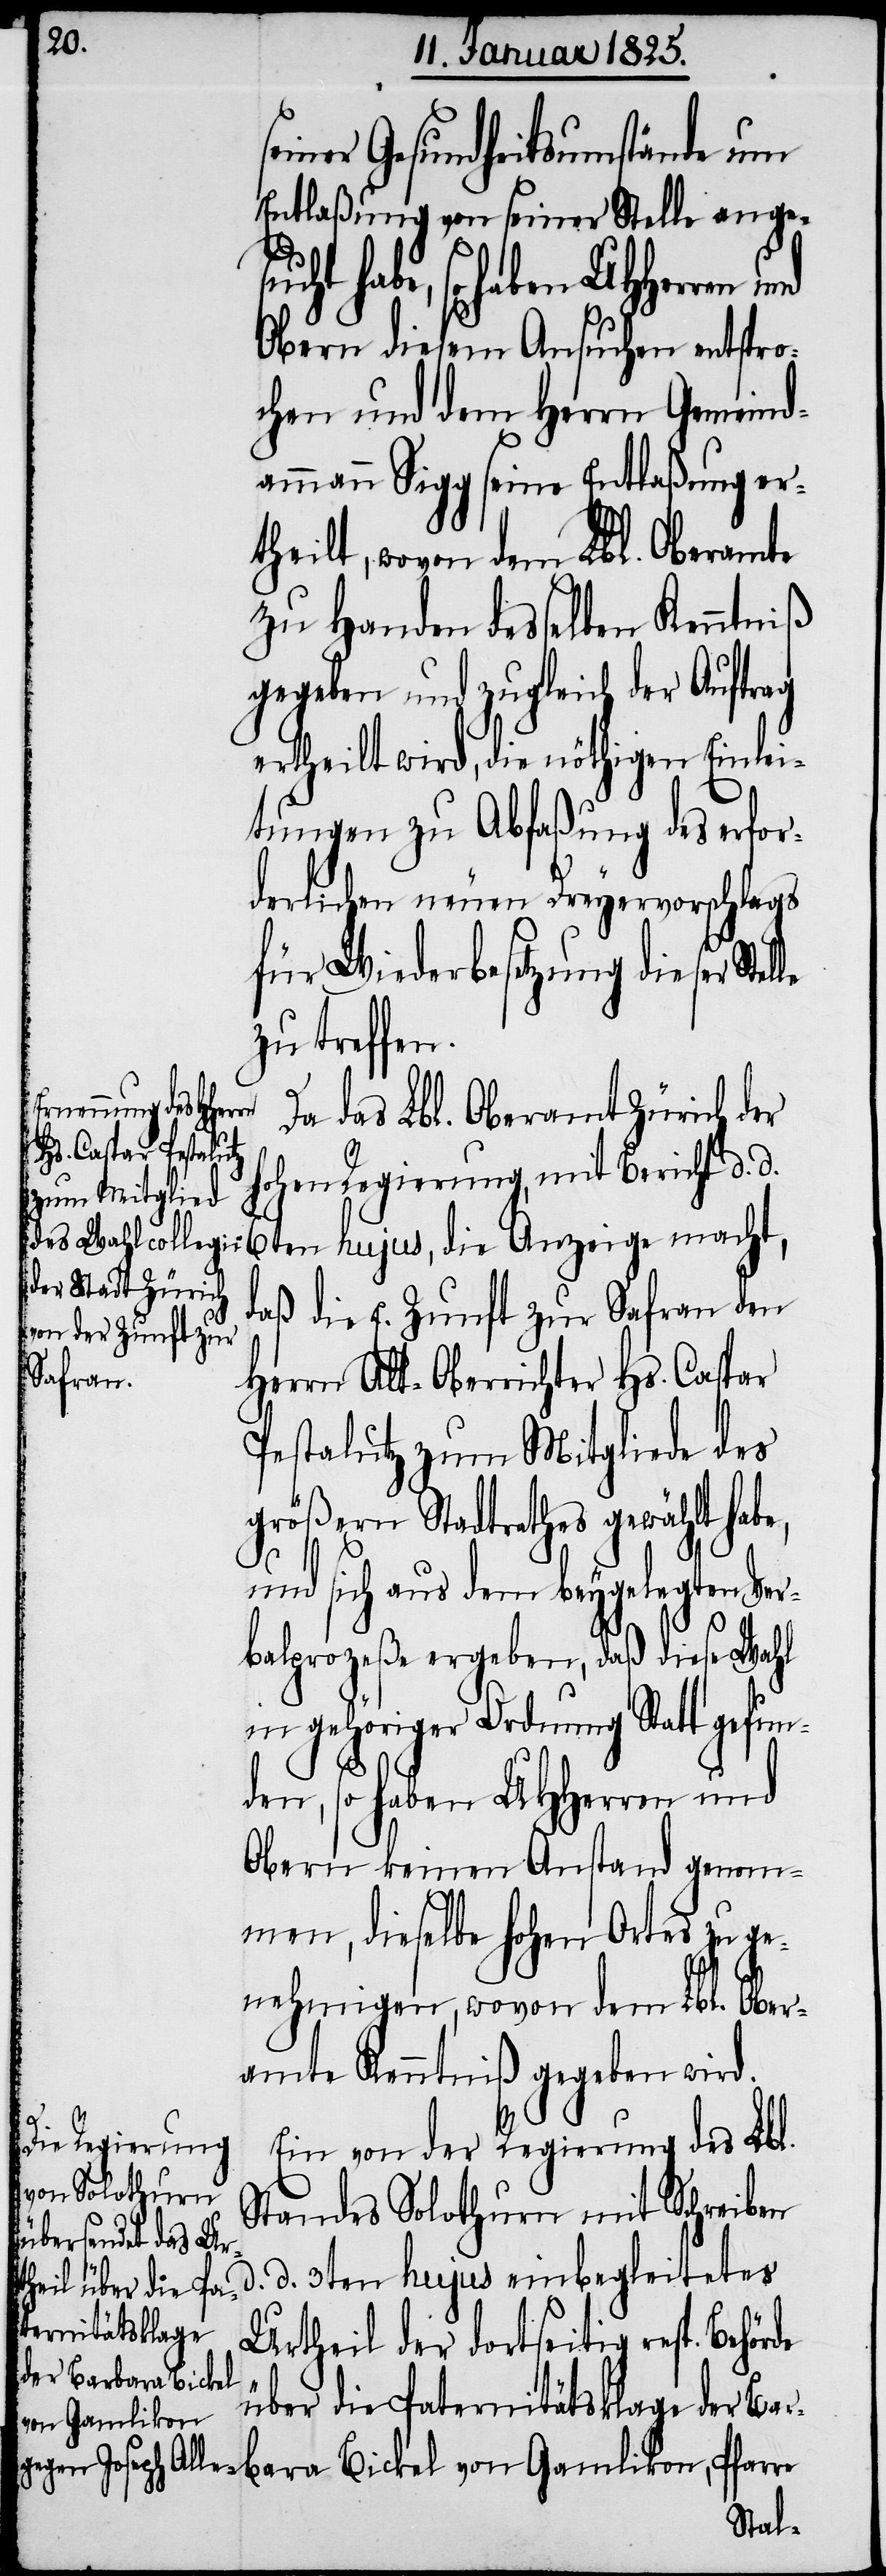
seiner Gesundheitsumstände um
Entlaßung von seiner Stelle angesu¬
cht habe, so haben UHHerren
Obern diesem Ansuchen entspro¬
chen und dem Herrn Gemeind¬
ammann Sigg seine Entlaßung er¬
theilt, wovon dem Lbl. Oberamte
zu Handen desselben Kenntniß
gegeben und zugleich der Auftrag
ertheilt wird, die nöthigen Einlei¬
tungen zu Abfaßung des erfor¬
derlichen neuen Dreyervorschlags
für Wiederbesetzung dieser Stel¬
zu treffen.
Da das Lbl. Oberamt Zürich der
hohen Regierung, mit Bericht d. d.
daß die E. Zunft zur Safran den
Herrn Alt-Oberrichter Hs. Caspar
Pestalutz zum Mitgliede des
größern Stadtrathes gewählt habe,
und sich aus dem beygelegten Ver¬
balprozeße ergeben, daß diese Wahl
in gehöriger Ordnung Statt gefun¬
den, so haben UHHerren und
Obern keinen Anstand genom¬
men, dieselbe hohen Ortes zu ge¬
nehmigen, wovon dem Lbl. Ober¬
amte Kenntniß gegeben wird.
d.
Ein von der Regierung des Lbl.
Standes Solothurn mit Schreiben
d. 3ten hujus einbegleitetes
de über die Pa¬
ternitätsklage
Urtheil der dortseitig resp. Behör¬
der Barbara Bickel
von Gamlikon,